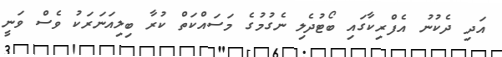
އަދި ދެކުނު އެފްރިކާގައި ބޯޓުދެލި ނެގުމުގެ މަސައްކަތް ކުރާ ބިލިއަނަރަކު ވެސް ވަނީ